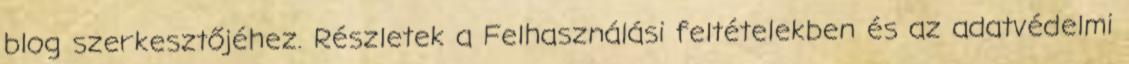
blog szerkesztőjéhez. Részletek a Felhasználási feltételekben és az adatvédelmi